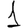
Digit: 1